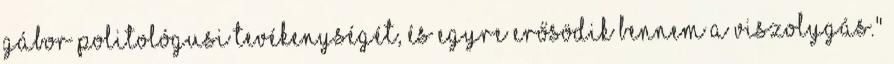
Gábor politológusi tevékenységét, és egyre erősödik bennem a viszolygás."